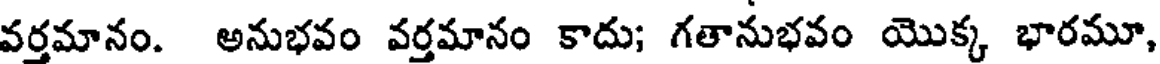
వర్తమానం. అనుభవం వర్తమానం కాదు; గతానుభవం యొక్క భారమూ,